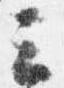
三